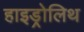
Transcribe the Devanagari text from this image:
हाइड्रोलिथ